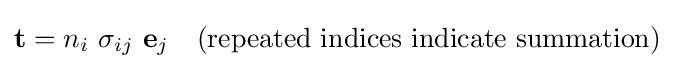
\mathbf {t} =n_{i}~\sigma _{ij}~\mathbf {e} _{j}~~~{\text{(repeated indices indicate summation)}}